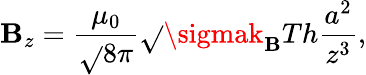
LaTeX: \mathbf{B}_{z}=\frac{{\mu_{0}}}{{\sqrt{}{{8\pi}}}}\sqrt{}{{\sigmak_{\mathbf{B}}Th}}\frac{{a^{2}}}{{z^{3}}},